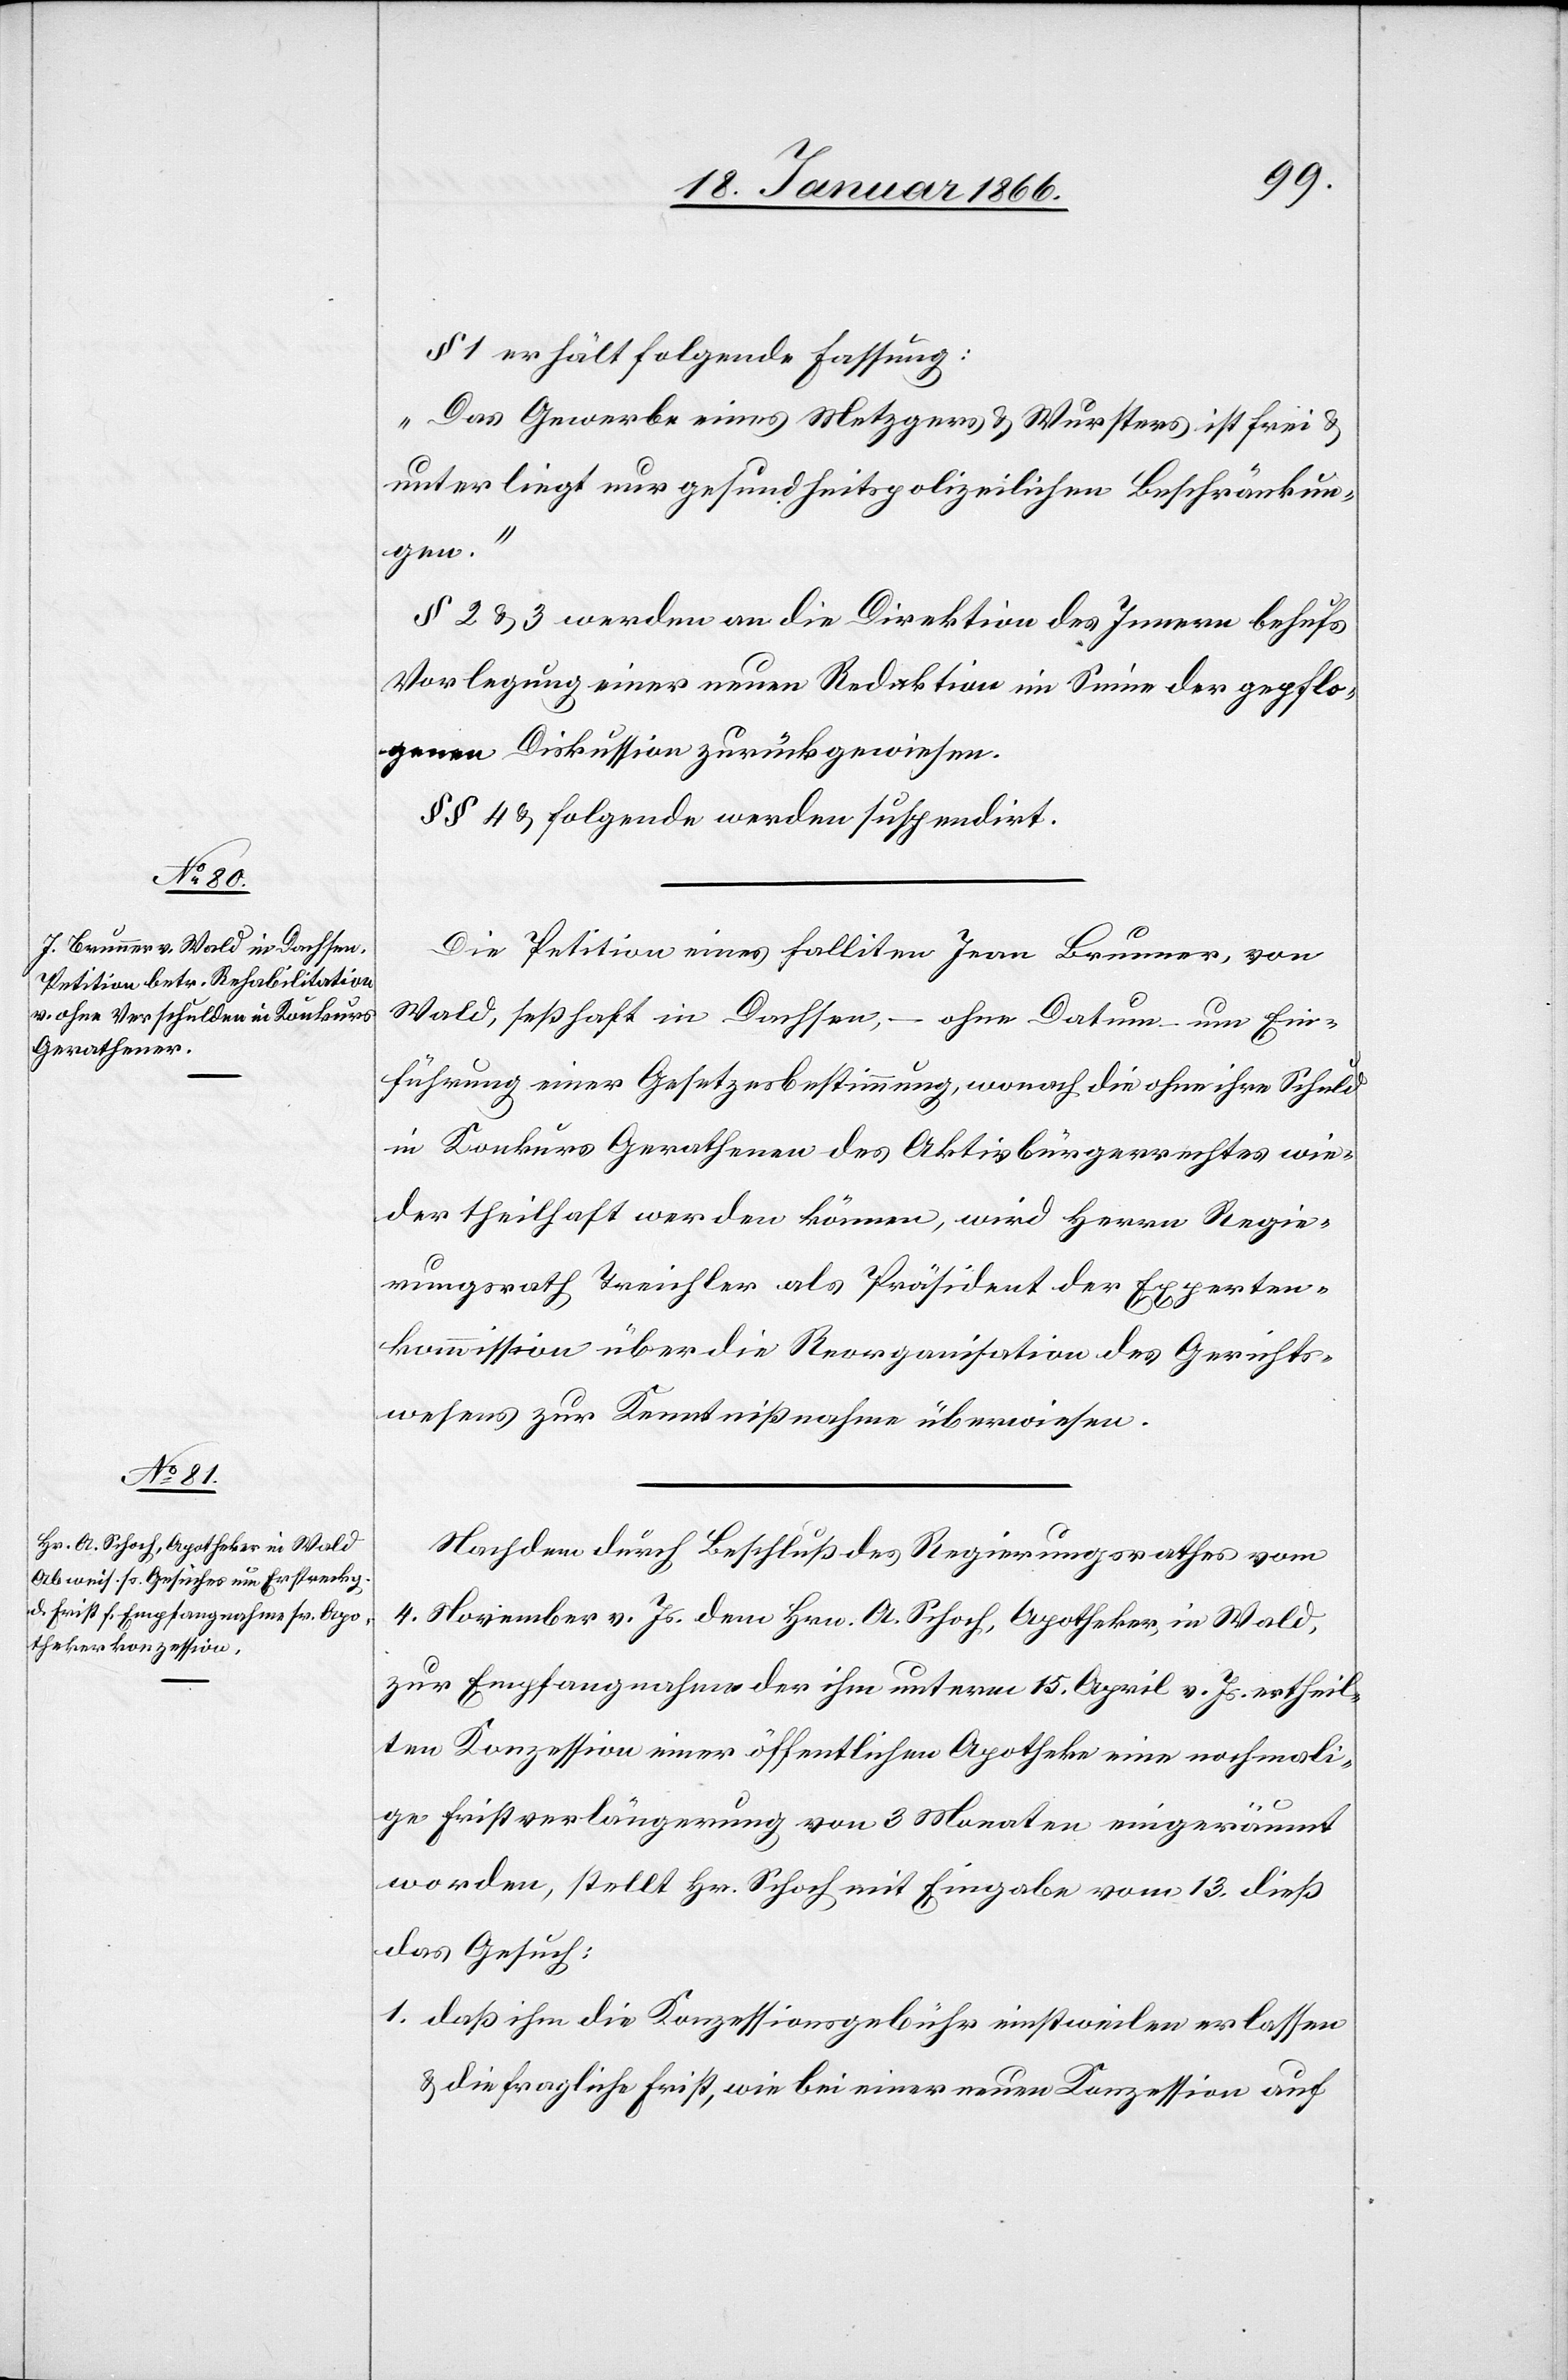
§ 1 erhält folgende Fassung:
„Das Gewerbe eines Metzgers u. Wursters ist frei u.
unterliegt nur gesundheitspolizeilichen Beschränkun¬
gen.“
§ 2 u. 3 werden an die Direktion des Innern behufs
Vorlegung einer neuen Redaktion im Sinne der gepflo¬
genen Diskussion zurückgewiesen.
§§ 4 u. folgende werden suspendirt.
Die Petition eines falliten Jean Brunner, von
Wald, seßhaft in Dachsen, – ohne Datum – um Ein¬
führung einer Gesetzesbestimmung, wonach die ohne ihre Schuld
in Konkurs Gerathenen des Aktivbürgerrechtes wie¬
der theilhaft werden können, wird Herrn Regie¬
rungsrath Treichler als Präsident der Experten¬
kommission über die Reorganisation des Gerichts¬
wesens zur Kenntnißnahme überwiesen.
Nachdem durch Beschluß des Regierungsrathes vom
4. November v. Js. dem Hrn. A. Schoch, Apotheker in Wald,
zur Empfangnahme der ihm unterm 15. April v. Js. ertheil¬
ten Konzession einer öffentlichen Apotheke eine nochmali¬
ge Fristverlängerung von 3 Monaten eingeräumt
worden, stellt Hr. Schoch mit Eingabe vom 13. dieß
das Gesuch:
1. daß ihm die Konzessionsgebühr einstweilen erlassen
u. die fragliche Frist, wie bei einer neuen Konzession auf